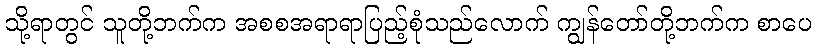
သို့ရာတွင် သူတို့ဘက်က အစစအရာရာပြည့်စုံသည်လောက် ကျွန်တော်တို့ဘက်က စာပေ